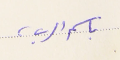
باسم الرب،